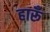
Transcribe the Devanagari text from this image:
हारूँ